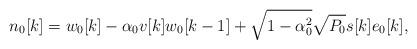
LaTeX: \begin{align*}n_0[k]=w_0[k]- \alpha_0 v[k] w_0[k-1]+ \sqrt{1-\alpha_0^2} \sqrt{P_0} s[k]e_0[k],\end{align*}